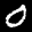
Label: 0